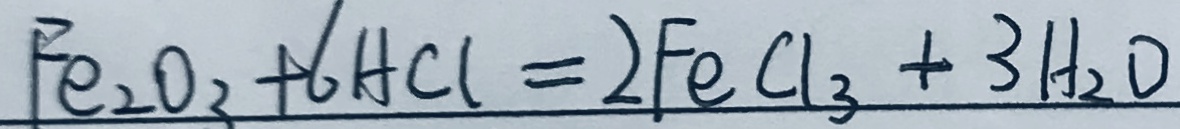
F e _ { 2 } O _ { 3 } + 6 H C l = 2 F e C l _ { 3 } + 3 H _ { 2 } O